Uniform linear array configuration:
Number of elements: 4
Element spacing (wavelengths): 1
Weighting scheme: blackman
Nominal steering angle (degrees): -45
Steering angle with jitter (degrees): -43.532
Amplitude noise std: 0.05
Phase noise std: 0.05

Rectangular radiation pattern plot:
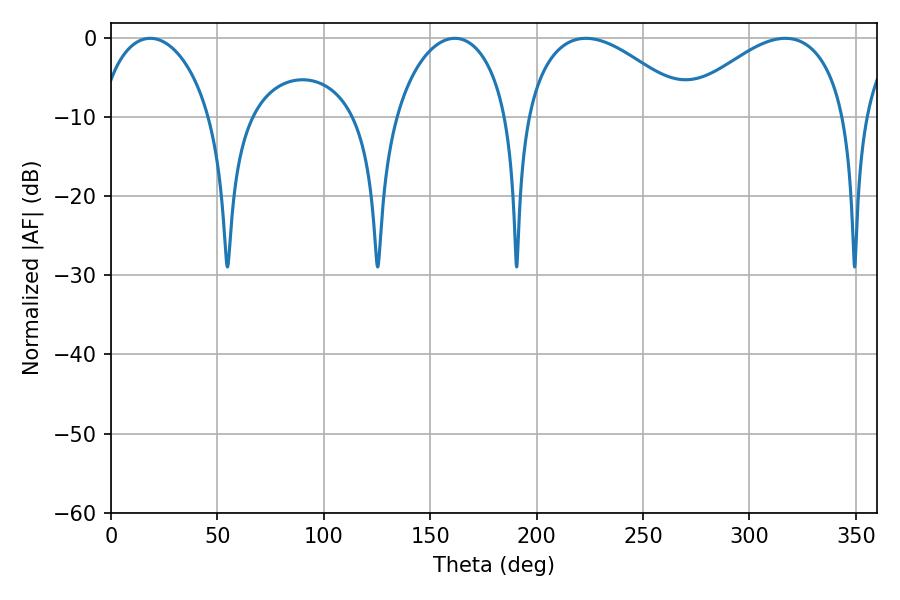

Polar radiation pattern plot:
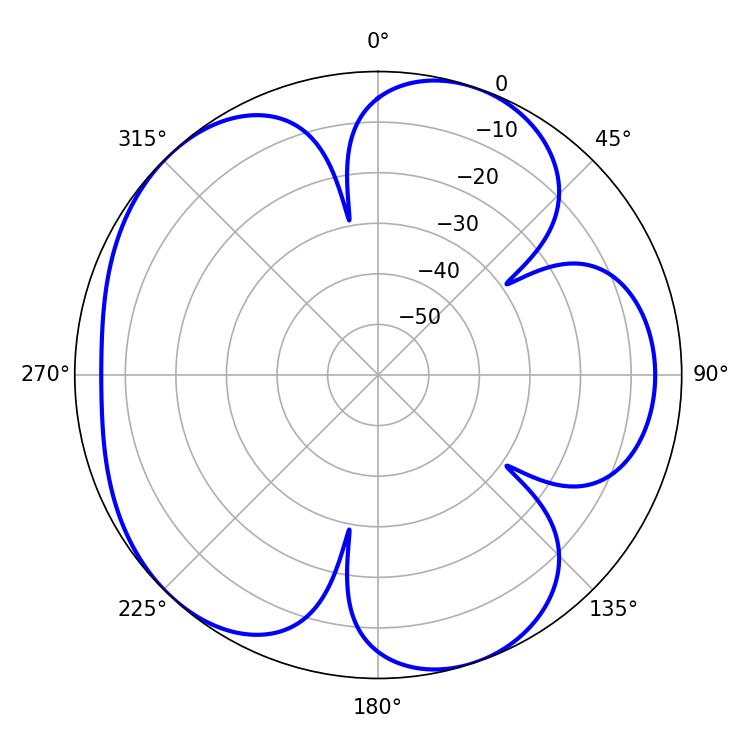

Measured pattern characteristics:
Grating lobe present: TRUE
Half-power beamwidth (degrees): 43.2
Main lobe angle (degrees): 316.8